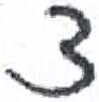
אות: צ